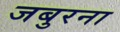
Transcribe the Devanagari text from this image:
जबुरना